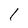
Character: 1